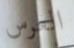
العرس